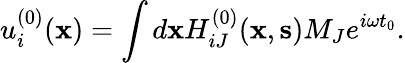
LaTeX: u_{i}^{(0)}({\mathbf x})=\int d{\mathbf x}H_{iJ}^{(0)}({\mathbf x},{\mathbf s})M_{J}e^{i\omega t_{0}}.